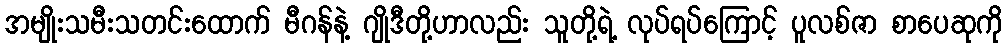
အမျိုးသမီးသတင်းထောက် မီဂန်နဲ့ ဂျိုဒီတို့ဟာလည်း သူတို့ရဲ့ လုပ်ရပ်ကြောင့် ပူလစ်ဇာ စာပေဆုကို